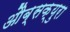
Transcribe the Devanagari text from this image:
औब्सक्युरा